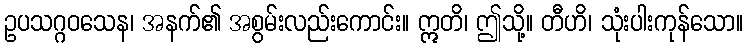
ဥပသဂ္ဂဝသေန၊ အနက်၏ အစွမ်းလည်းကောင်း။ ဣတိ၊ ဤသို့။ တီဟိ၊ သုံးပါးကုန်သော။